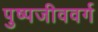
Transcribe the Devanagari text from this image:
पुष्पजीववर्ग